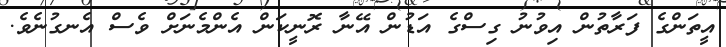
އީތަންގެ ފަރާތުން އިވުނު ގިސްގެ އަޑުން އޭނާ ރޮނީކަން އެންމެނަށް ވެސް އެނގުނެވެ.